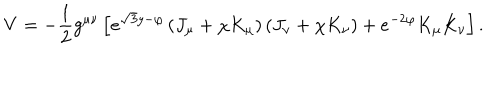
LaTeX: V = - \frac { 1 } { 2 } g ^ { \mu \nu } \left[ e ^ { \sqrt { 3 } y - \varphi } \left( J _ { \mu } + \chi K _ { \mu } \right) \left( J _ { \nu } + \chi K _ { \nu } \right) + e ^ { - 2 \varphi } K _ { \mu } K _ { \nu } \right] .